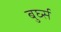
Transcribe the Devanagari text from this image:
बुर्घ्स